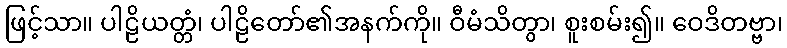
ဖြင့်သာ။ ပါဠိယတ္တံ၊ ပါဠိတော်၏အနက်ကို။ ဝီမံသိတွာ၊ စူးစမ်း၍။ ဝေဒိတဗ္ဗာ၊